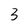
Character: 3